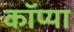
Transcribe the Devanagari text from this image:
कॉप्या